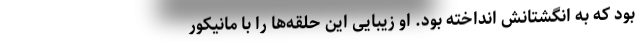
بود که به انگشتانش انداخته بود. او زیبایی این حلقه‌ها را با مانیکور